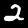
Digit: 2